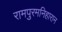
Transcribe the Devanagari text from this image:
रामपुरमनिहारान